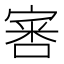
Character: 𡩨